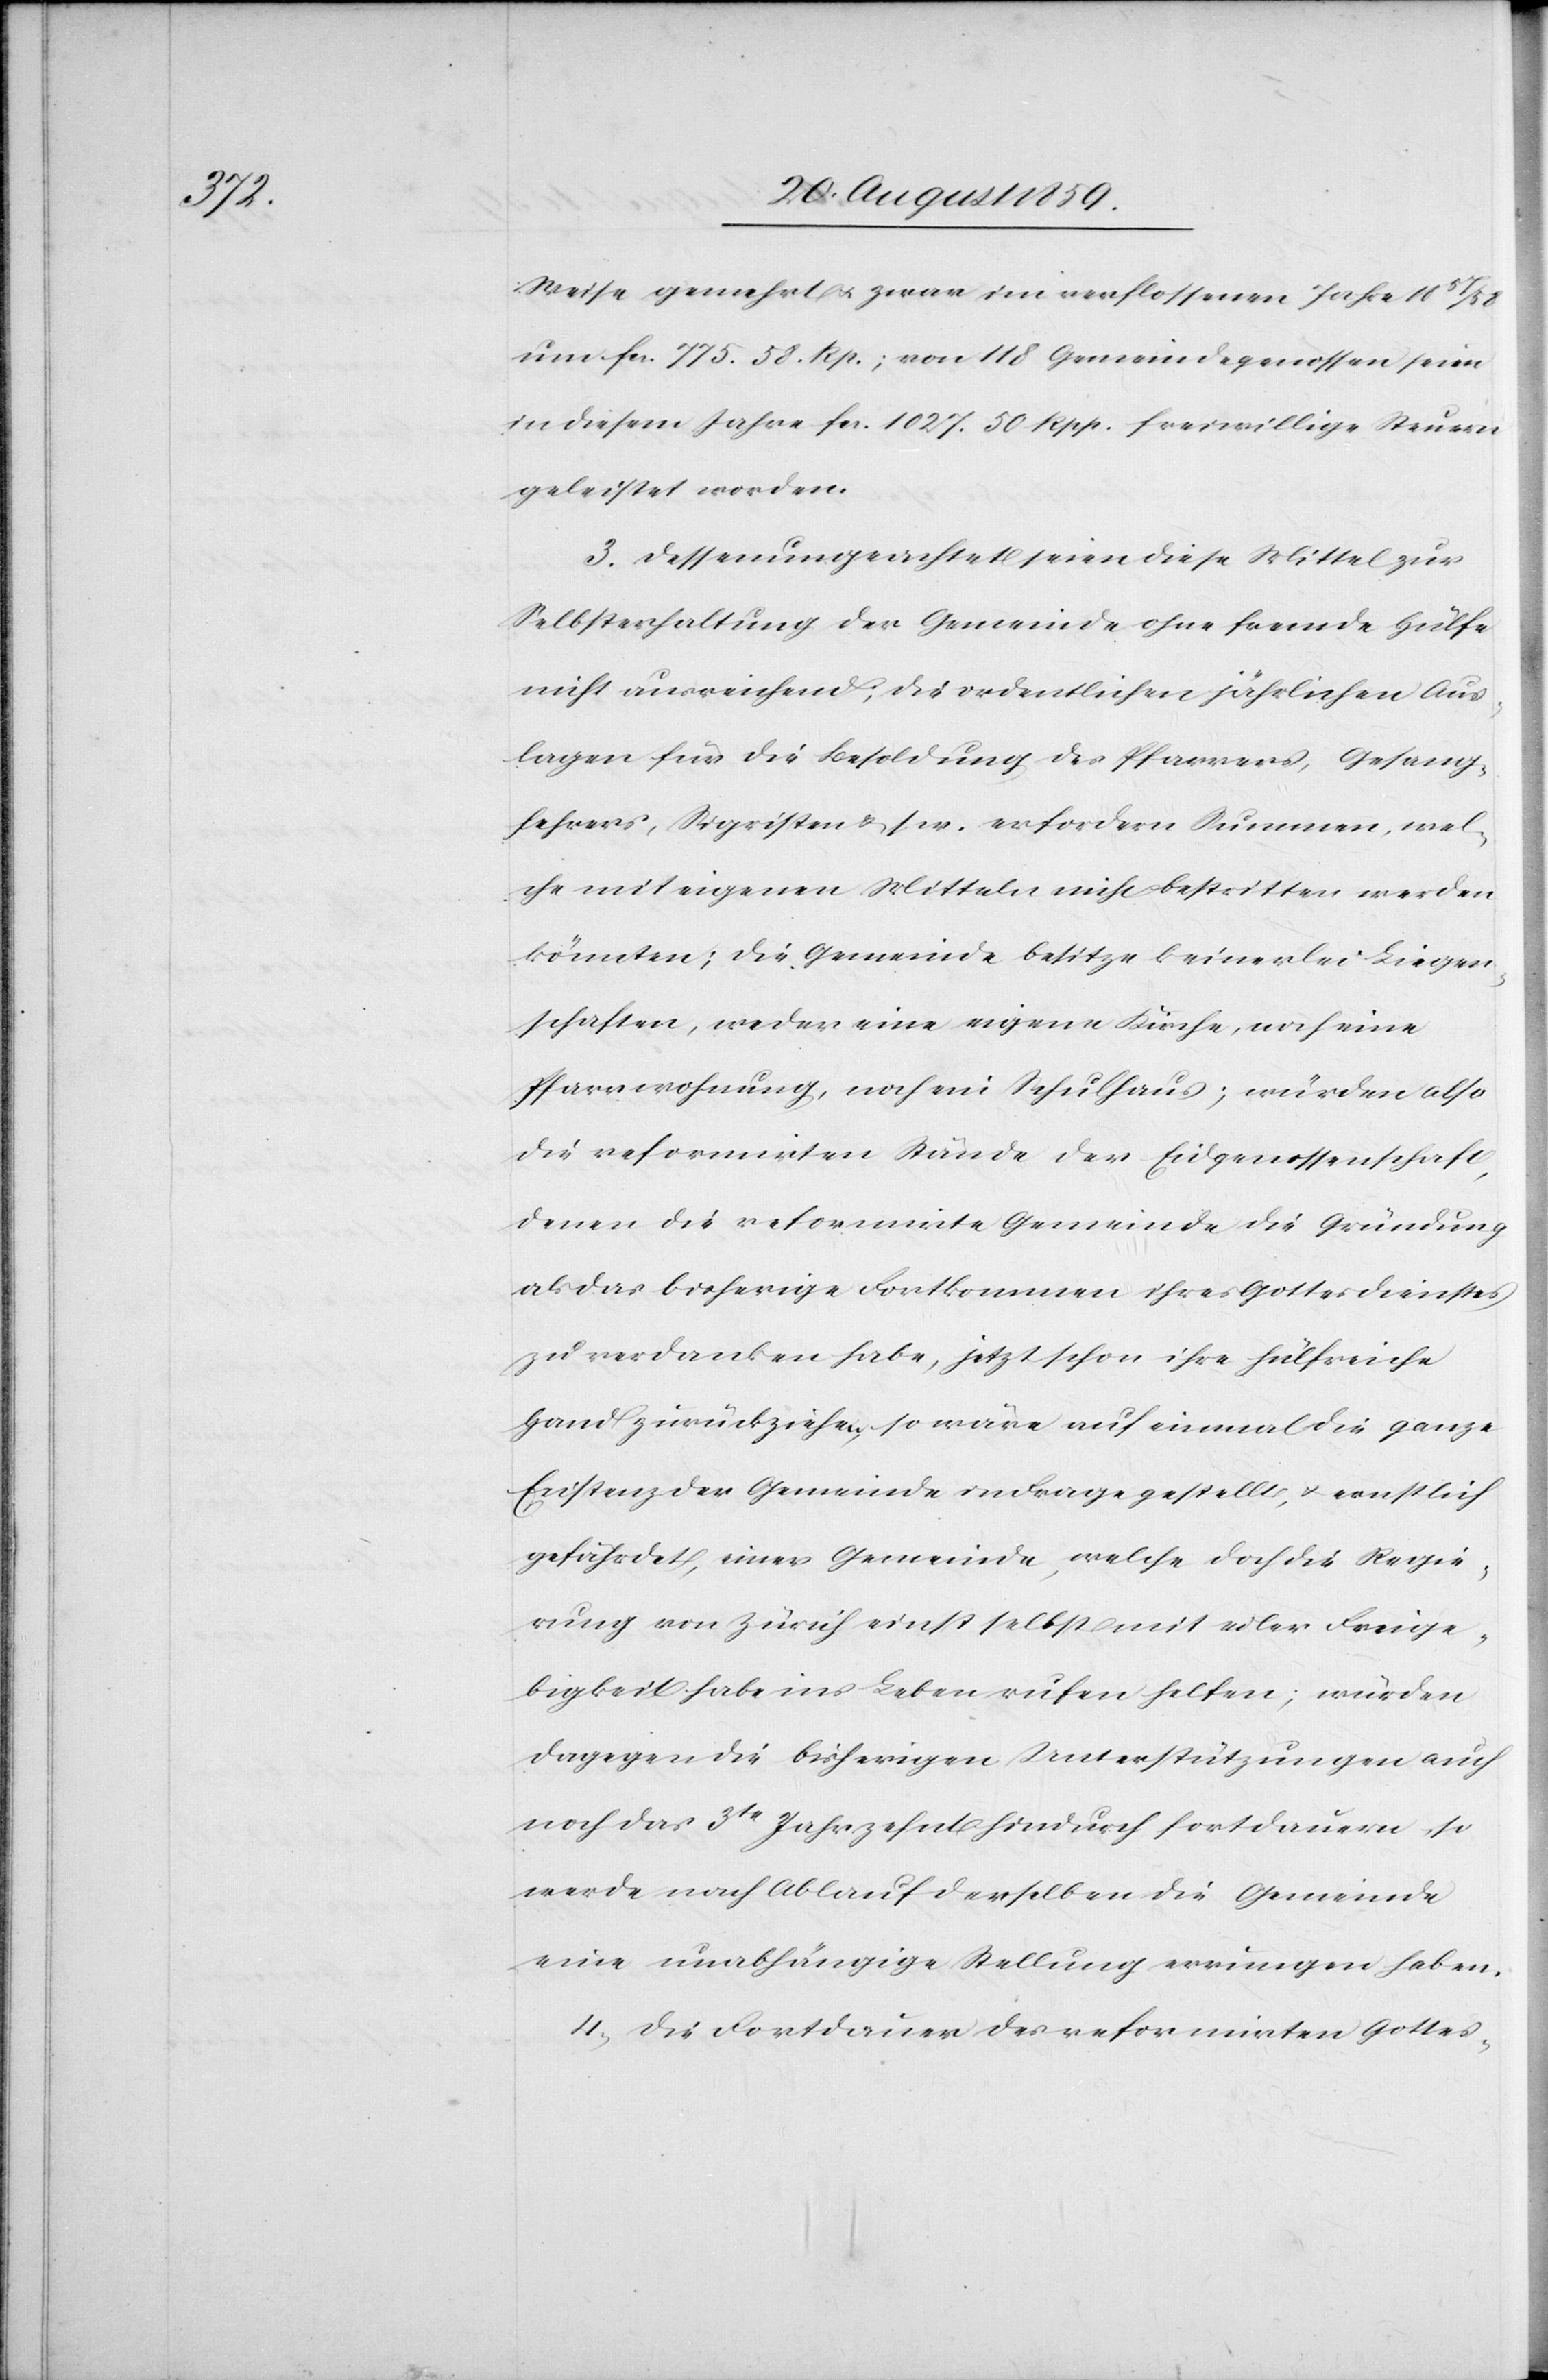
Weise gemehrt & zwar im verflossenen Jahre 11
um fcs. 775.58 Rp.; von 118 Gemeindegenossen seien
in diesem Jahre fcs. 1027.50 Rpp. freiwillige Steuern
geleistet worden.
3. Dessenungeachtet seien diese Mittel zur
Selbsterhaltung der Gemeinde ohne fremde Hülfe
nicht ausreichend; die ordentlichen jährlichen Aus¬
lagen für die Besoldung des Pfarrers, Gesang¬
lehrers, Sigristen u. s. w. erfordern Summen, wel¬
che mit eigenen Mitteln nicht bestritten werden
könnten; die Gemeinde besitze keinerlei Liegen¬
schaften, weder eine eigenen Kirche, noch eine
Pfarrwohnung, noch ein Schulhaus; würden also
die reformirten Stände der Eidgenossenschaft,
denen die reformirte Gemeinde die Gründung
als das bisherige Fortkommen ihres Gottesdienstes
zu verdanken habe, jetzt schon ihre hülfreiche
Hand zurückziehen, so wäre auf einmal die ganze
Existenz der Gemeinde in Frage gestellt, & ernstlich
gefährdet, eine Gemeinde, welche doch die Regie¬
rung von Zürich einst selbst mit edler Freige¬
bigkeit habe ins Leben rufen helfen; würden
dagegen die bisherigen Unterstützungen auch
noch das 3te Jahrzehnt hindurch fortdauern, so
werde nach Ablauf derselben die Gemeinde
eine unabhängige Stellung errungen haben.
4. Die Fortdauer des reformirten Gottes-